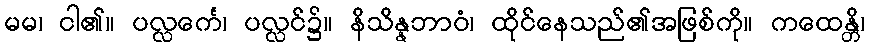
မမ၊ ငါ၏။ ပလ္လင်္ကေ၊ ပလ္လင်၌။ နိသိန္နဘာဝံ၊ ထိုင်နေသည်၏အဖြစ်ကို။ ကထေန္တိ၊